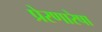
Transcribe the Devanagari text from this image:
प्रेरणारेषा